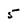
Character: 5